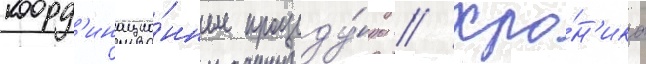
коорд'инацио́нные процеду́ры // Хро́н'ика